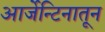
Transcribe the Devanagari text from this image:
आर्जेन्टिनातून